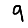
Digit: 9